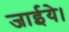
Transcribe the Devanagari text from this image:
जाईये।